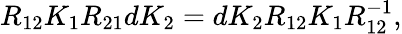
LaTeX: R_{12}K_{1}R_{21}dK_{2}=dK_{2}R_{12}K_{1}R_{12}^{-1},